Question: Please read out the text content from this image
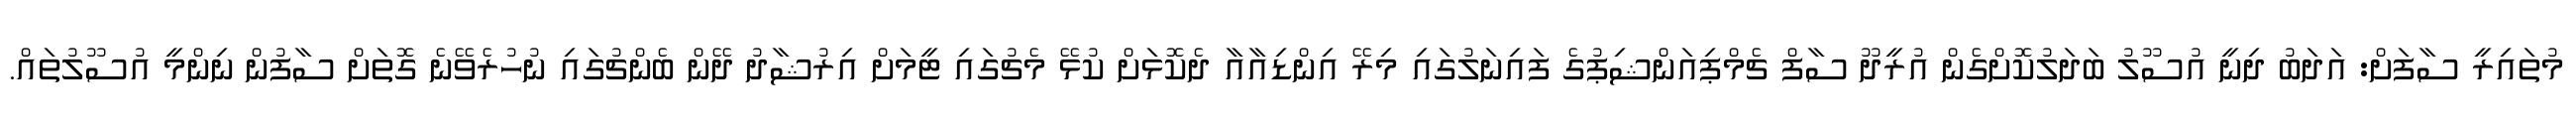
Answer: މުތައިރީ ސާފަށް: އަދަބު ދިނީ އުސޫލު ބަދަލުކޮށްގެން އުރީދޫ ސާފް ޗެމްޕިއަންޝިޕުގެ ފައިނަލުގައި މިރޭ އިންޑިއާއާ ދެކޮޅަށް ކުޅޭ މެޗުގައި ޓީމަށް އިރުޝާދު ދޭން ބެންޗުގައި ނުހުރެވޭނެ ގޮތަށް ސާފުން ނިންމީ އުސޫލުތައް.